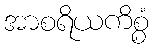
အာစရိယကိစ္စံ